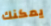
يمكنك